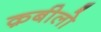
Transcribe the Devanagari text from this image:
क़बीलो